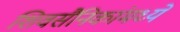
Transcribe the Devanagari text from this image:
शिवसैनिकांमध्ये